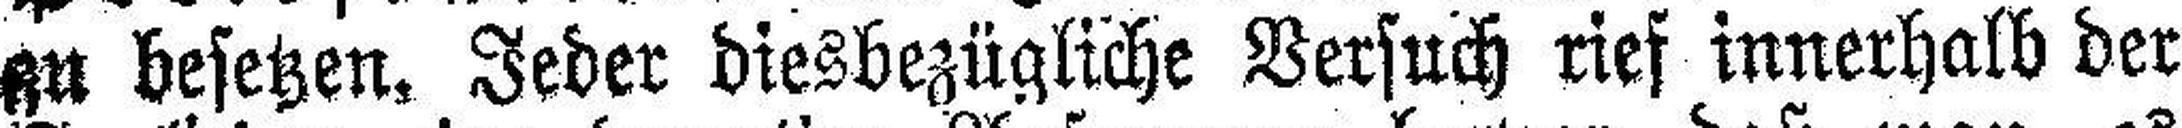
zu besetzen. Jeder diesbezügliche Versuch rief innerhalb der